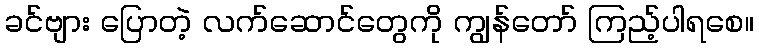
ခင်ဗျား ပြောတဲ့ လက်ဆောင်တွေကို ကျွန်တော် ကြည့်ပါရစေ။